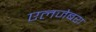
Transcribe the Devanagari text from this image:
एलजेबरा